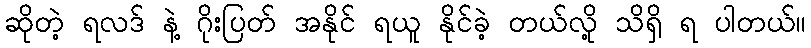
ဆိုတဲ့ ရလဒ် နဲ့ ဂိုးပြတ် အနိုင် ရယူ နိုင်ခဲ့ တယ်လို့ သိရှိ ရ ပါတယ်။